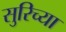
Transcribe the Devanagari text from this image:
सुरिच्या